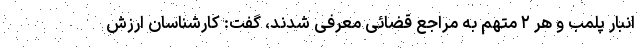
انبار پلمب و هر ۲ متهم به مراجع قضائی معرفی شدند، گفت: کارشناسان ارزش